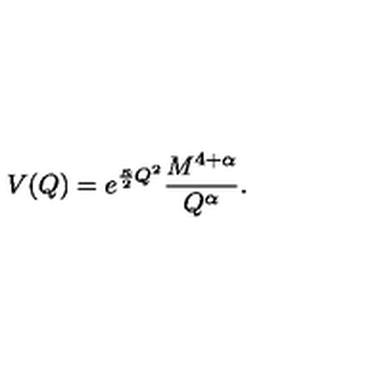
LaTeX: V ( Q ) = e ^ { \frac { \kappa } { 2 } Q ^ { 2 } } \frac { M ^ { 4 + \alpha } } { Q ^ { \alpha } } .